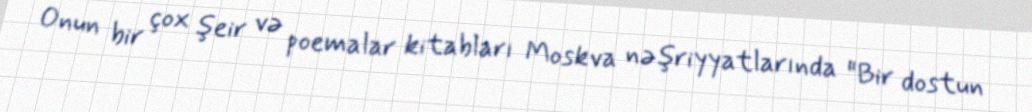
Onun bir çox şeir və poemalar kitabları Moskva nəşriyyatlarında "Bir dostun